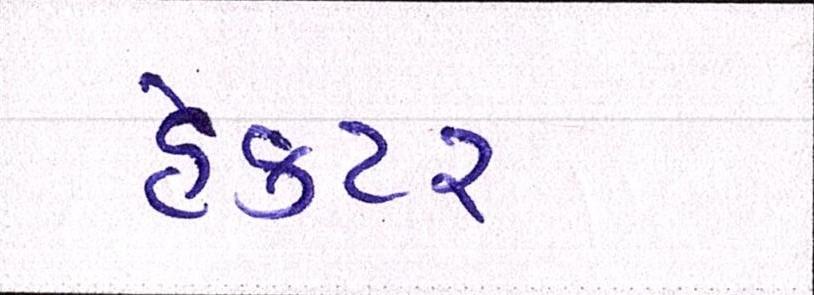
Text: હેક્ટર